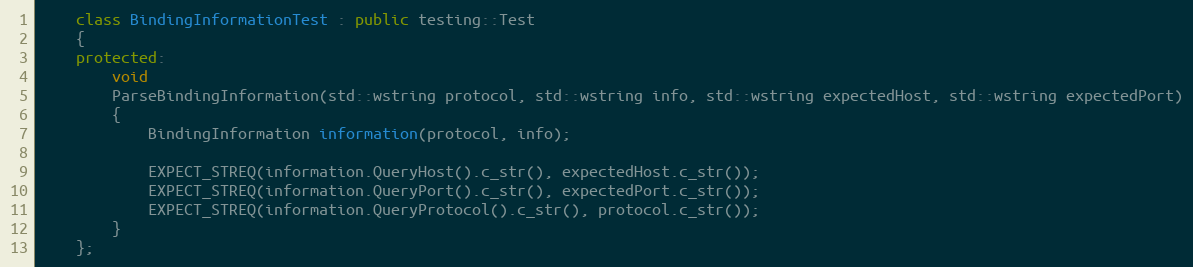
Language: C++
    class BindingInformationTest : public testing::Test
    {
    protected:
        void
        ParseBindingInformation(std::wstring protocol, std::wstring info, std::wstring expectedHost, std::wstring expectedPort)
        {
            BindingInformation information(protocol, info);

            EXPECT_STREQ(information.QueryHost().c_str(), expectedHost.c_str());
            EXPECT_STREQ(information.QueryPort().c_str(), expectedPort.c_str());
            EXPECT_STREQ(information.QueryProtocol().c_str(), protocol.c_str());
        }
    };